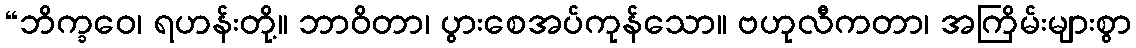
“ဘိက္ခဝေ၊ ရဟန်းတို့။ ဘာဝိတာ၊ ပွားစေအပ်ကုန်သော။ ဗဟုလီကတာ၊ အကြိမ်းများစွာ